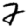
Digit: 2